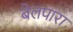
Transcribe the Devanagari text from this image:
बेलपारा